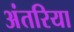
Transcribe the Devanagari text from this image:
अंतरिया